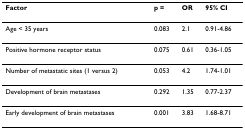
<table><thead><tr><td><b>Factor</b></td><td><b>p =</b></td><td><b>OR</b></td><td><b>95% CI</b></td></tr></thead><tbody><tr><td>Age &lt; 35 years</td><td>0.083</td><td>2.1</td><td>0.91-4.86</td></tr><tr><td>Positive hormone receptor status</td><td>0.075</td><td>0.61</td><td>0.36-1.05</td></tr><tr><td>Number of metastatic sites (1 versus 2)</td><td>0.053</td><td>4.2</td><td>1.74-1.01</td></tr><tr><td>Development of brain metastases</td><td>0.292</td><td>1.35</td><td>0.77-2.37</td></tr><tr><td>Early development of brain metastases</td><td>0.001</td><td>3.83</td><td>1.68-8.71</td></tr></tbody></table>